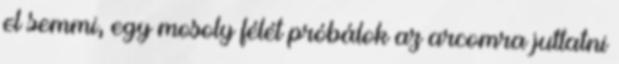
el semmi, egy mosoly félét próbálok az arcomra juttatni